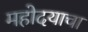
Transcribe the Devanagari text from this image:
महोदयाचा